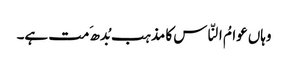
وہاں عوامُ النّاس کا مذہب بُدھ َمت ہے۔